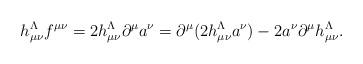
LaTeX: \begin{align*}h_{\mu\nu}^\Lambda f{}^{\mu\nu} = 2 h_{\mu\nu}^\Lambda \partial^\mu a^\nu= \partial^\mu (2h_{\mu\nu}^\Lambda a^\nu) - 2 a^\nu \partial^\mu h_{\mu\nu}^\Lambda .\end{align*}